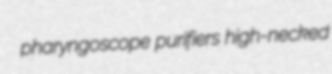
pharyngoscope purifiers high-necked